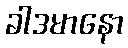
ခါဒမာနော